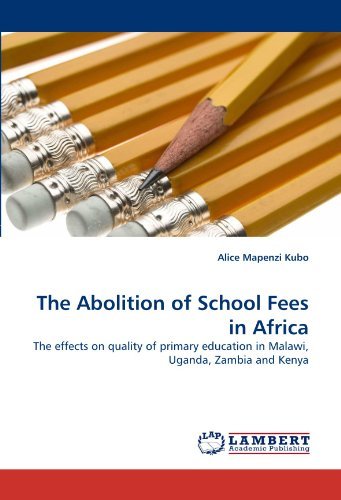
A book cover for The Abolition of School Fees in Africa: The effects on quality of primary education in Malawi, Uganda, Zambia and Kenya by Kubo Alice Mapenzi (2011-05-30) Paperback; Kubo Alice Mapenzi; Travel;